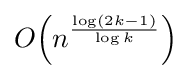
O{\mathord {\left(n^{\frac {\log(2k-1)}{\log k}}\right)}}